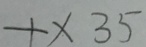
+ \times 3 5